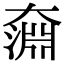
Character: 奫